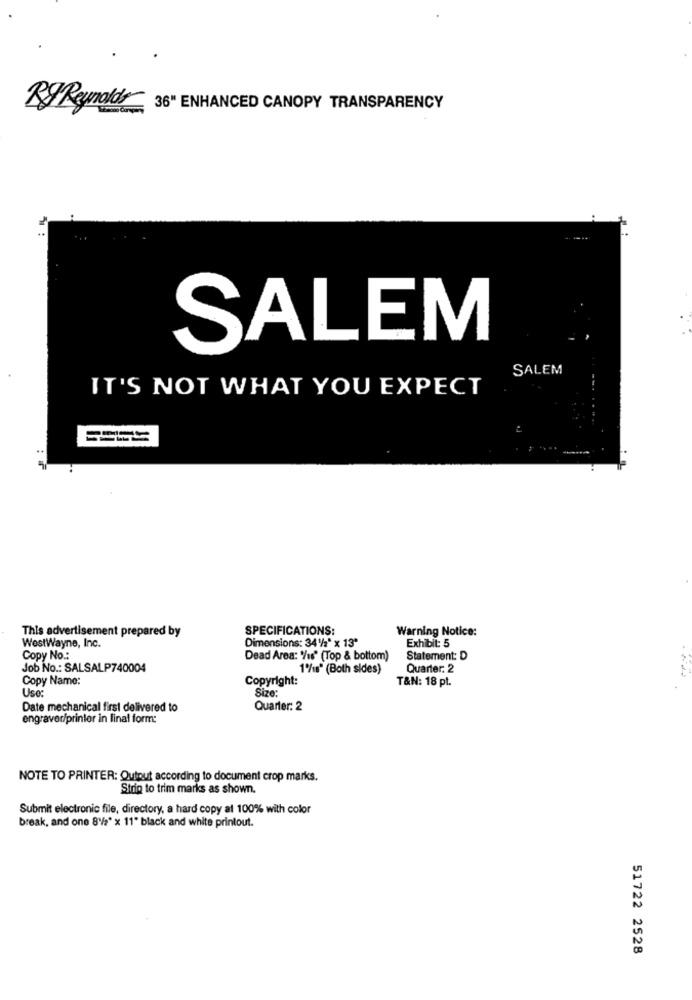
RyReynolds
36" ENHANCED CANOPY TRANSPARENCY
SALEM
SALEM
IT'S NOT WHAT YOU EXPECT
SPECIFICATIONS:
Warning Notice:
This advertisement prepared by
Exhibit: 5
WestWayne, Inc.
Dimensions: 34 :* x 13"
Copy No .:
Dead Area: %s" (Top & bottom)
Statement: D
Job No .: SALSALP740004
1/1s" (Both sides)
Quarter: 2
Copy Name:
Copyright:
T&N: 18 pt.
Uso:
Size:
Date mechanical first delivered to
Quarter: 2
engraver/printer in final form:
NOTE TO PRINTER: Outout according to document crop marks.
Strip to trim marks as shown.
Submit electronic file, directory, a hard copy at 100% with color
break, and one 8/2" x 11" black and white printout.
51722 2528